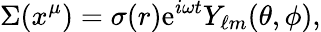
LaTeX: \Sigma(x^{\mu})=\sigma(r)\mathrm{e}^{i\omega t}Y_{\ell m}(\theta,\phi),